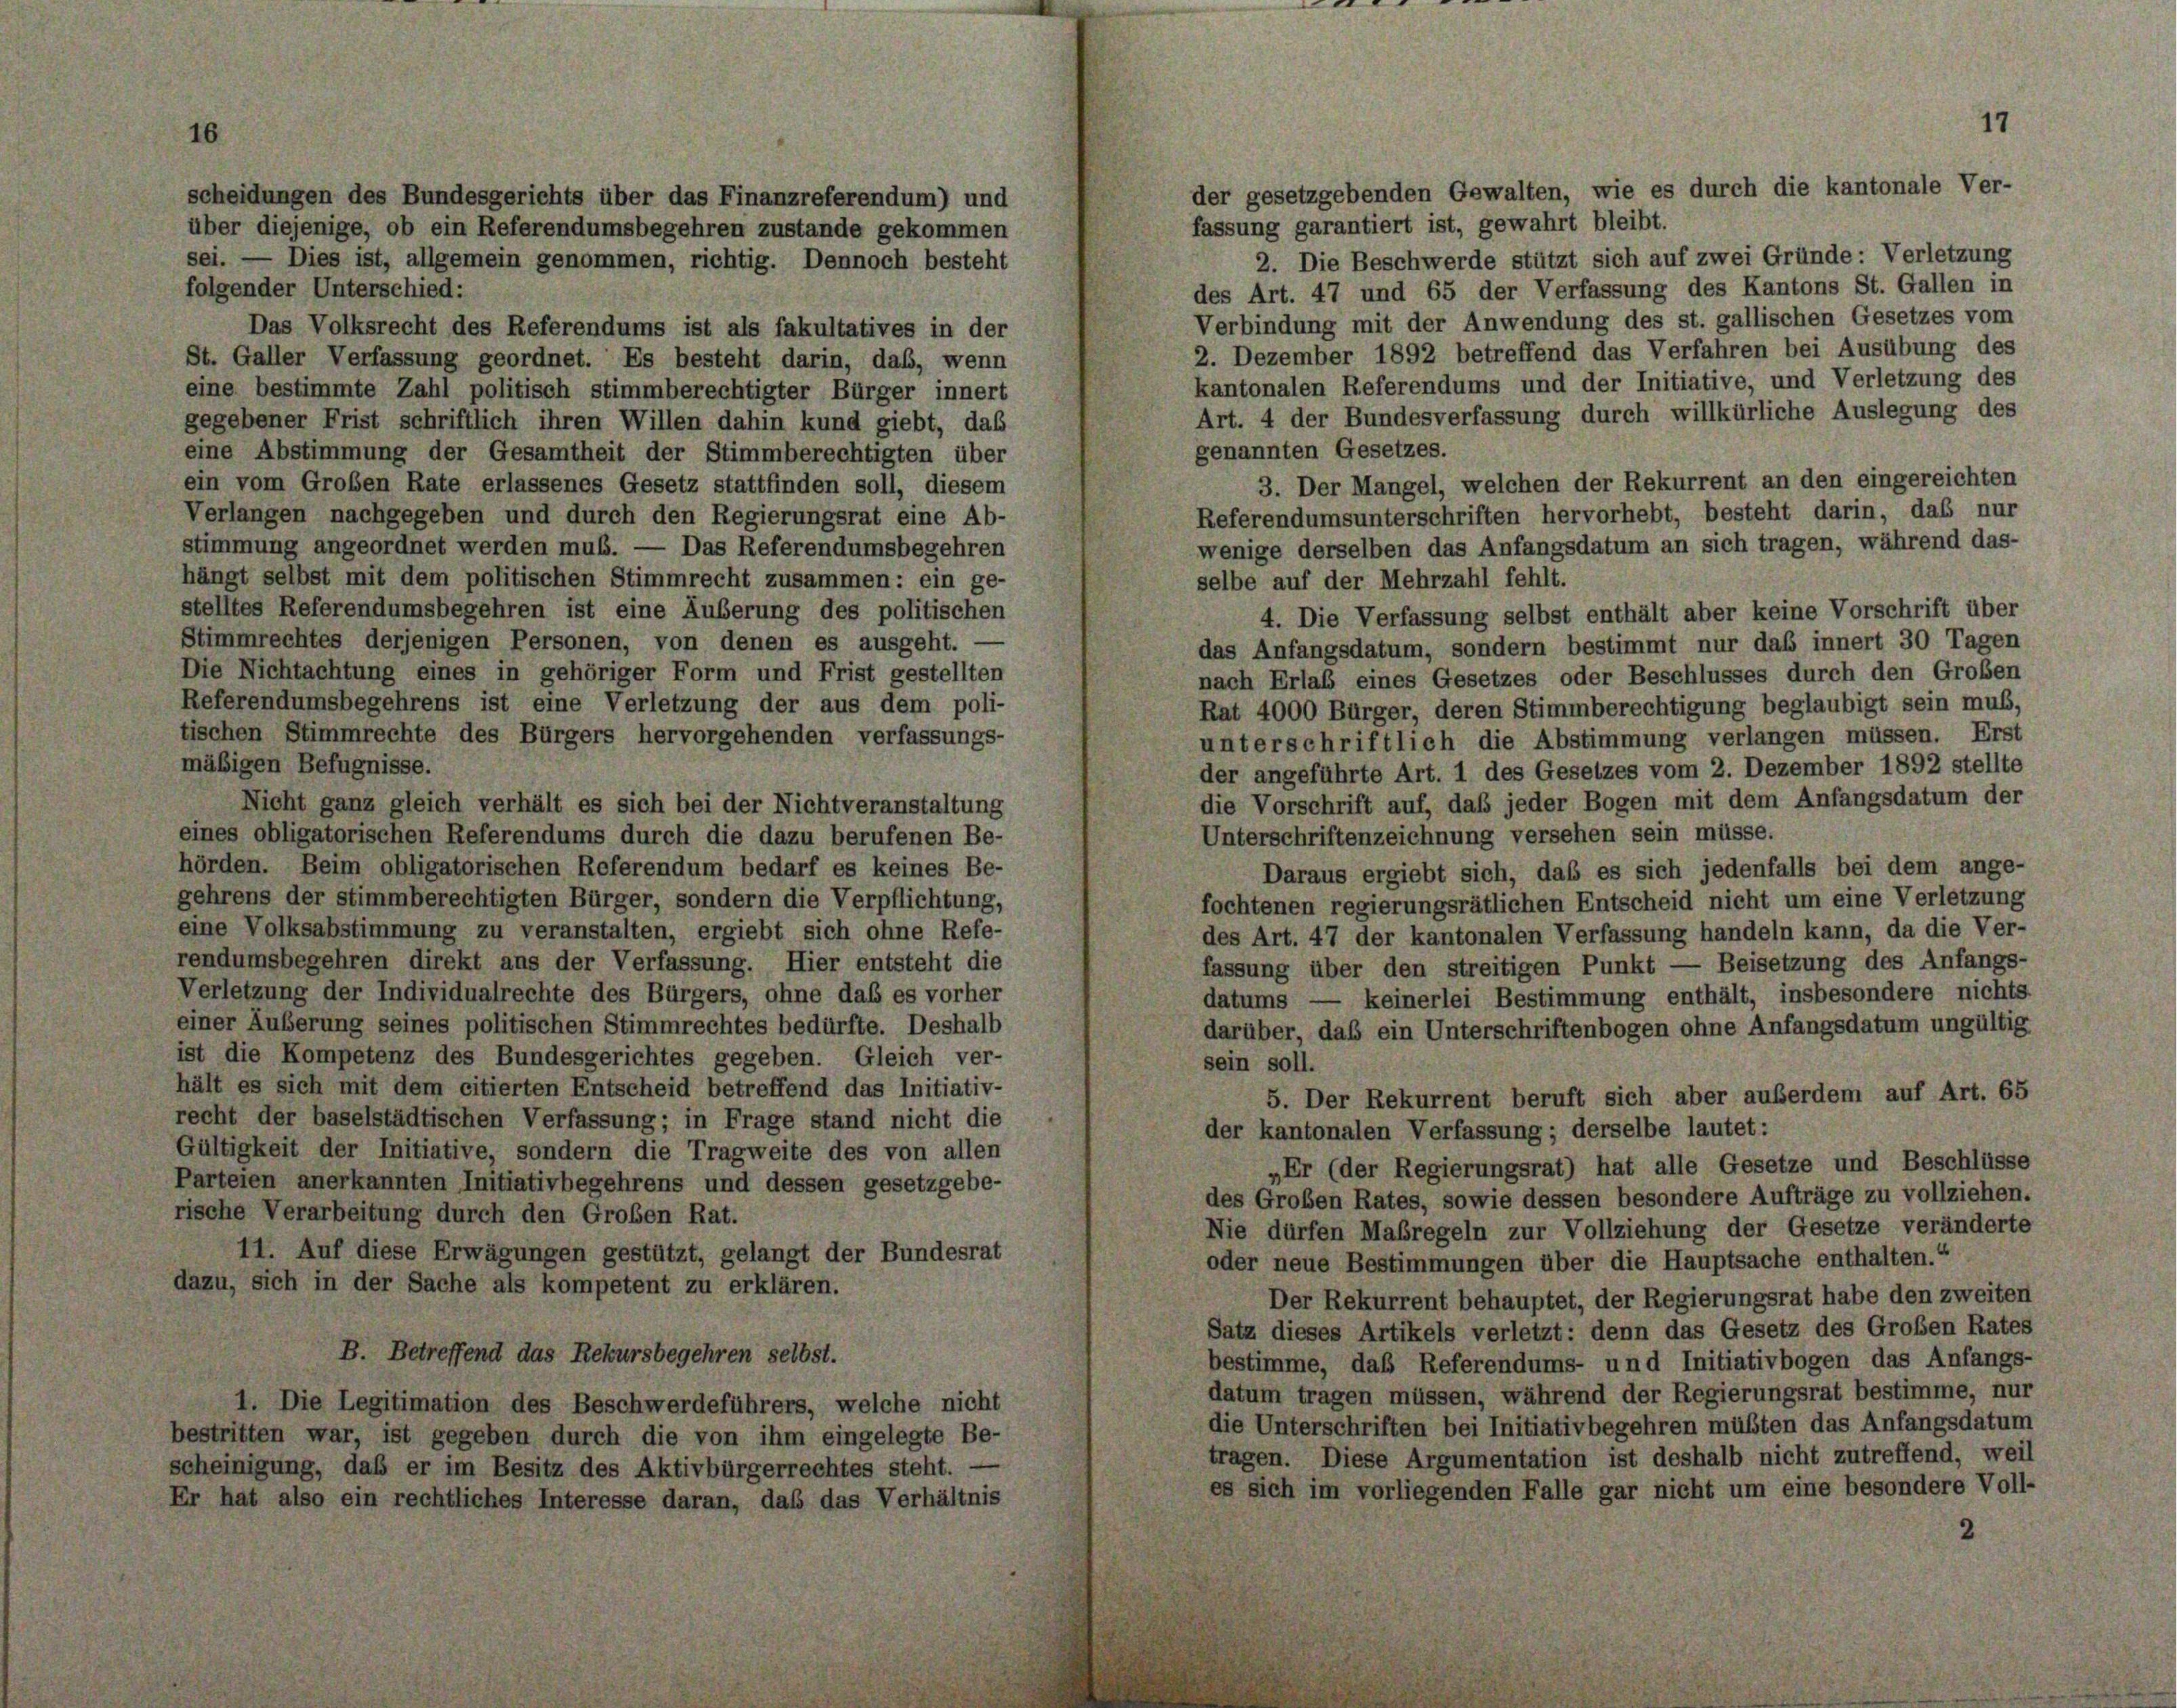
17

der gesetzgebenden Gewalten, wie es durch die kantonale Ver-
scheidungen des Bundesgerichts über das Finanzreferendum) und
fassung garantiert ist, gewahrt bleibt.
über diejenige, ob ein Referendumsbegehren zustande gekommen
2. Die Beschwerde stützt sich auf zwei Gründe: Verletzung
sei. — Dies ist, allgemein genommen, richtig. Dennoch besteht
folgender Unterschied:
des Art. 47 und 65 der Verfassung des Kantons St. Gallen in
Verbindung mit der Anwendung des st. gallischen Gesetzes vom
Das Volksrecht des Referendums ist als fakultatives in der
2. Dezember 1892 betreffend das Verfahren bei Ausübung des
St. Galler Verfassung geordnet. Es besteht darin, daß, wenn
kantonalen Referendums und der Initiative, und Verletzung des
eine bestimmte Zahl politisch stimmberechtigter Bürger innert
Art. 4 der Bundesverfassung durch willkürliche Auslegung des
gegebener Frist schriftlich ihren Willen dahin kund giebt, das
genannten Gesetzes.
eine Abstimmung der Gesamtheit der Stimmberechtigten über
3. Der Mangel, welchen der Rekurrent an den eingereichten
ein vom Großen Rate erlassenes Gesetz stattfinden soll, diesem
Referendumsunterschriften hervorhebt, besteht darin, das nur
Verlangen nachgegeben und durch den Regierungsrat eine Ab-
wenige derselben das Anfangsdatum an sich tragen, während das-
stimmung angeordnet werden muß. — Das Referendumsbegehren
hängt selbst mit dem politischen Stimmrecht zusammen: ein ge-
selbe auf der Mehrzahl fehlt.
stelltes Referendumsbegehren ist eine Äußerung des politischen
4. Die Verfassung selbst enthält aber keine Vorschrift über
Stimmrechtes derjenigen Personen, von denen es ausgeht. -
das Anfangsdatum, sondern bestimmt nur daß innert 30 Tagen
Die Nichtachtung eines in gehöriger Form und Frist gestellten
nach Erlaß eines Gesetzes oder Beschlusses durch den Großen
Referendumsbegehrens ist eine Verletzung der aus dem poli-
Rat 4000 Bürger, deren Stimmberechtigung beglaubigt sein muß,
tischen Stimmrechte des Bürgers hervorgehenden verfassungs-
unterschriftlich die Abstimmung verlangen müssen. Erst
mäßigen Befugnisse.
der angeführte Art. 1 des Gesetzes vom 2. Dezember 1892 stellte
die Vorschrift auf, daß jeder Bogen mit dem Anfangsdatum der
Nicht ganz gleich verhält es sich bei der Nichtveranstaltung
eines obligatorischen Referendums durch die dazu berufenen Be-
Unterschriftenzeichnung versehen sein müsse.
hörden. Beim obligatorischen Referendum bedarf es keines Be-
Daraus ergiebt sich, daß es sich jedenfalls bei dem ange-
gehrens der stimmberechtigten Bürger, sondern die Verpflichtung,
fochtenen regierungsrätlichen Entscheid nicht um eine Verletzung
eine Volksabstimmung zu veranstalten, ergiebt sich ohne Refe-
des Art. 47 der kantonalen Verfassung handeln kann, da die Ver-
rendumsbegehren direkt ans der Verfassung. Hier entsteht die
fassung über den streitigen Punkt — Beisetzung des Anfangs-
Verletzung der Individualrechte des Bürgers, ohne daß es vorher
keinerlei Bestimmung enthält, insbesondere nichts
datums
einer Äußerung seines politischen Stimmrechtes bedürfte. Deshalb
darüber, daß ein Unterschriftenbogen ohne Anfangsdatum ungültig
ist die Kompetenz des Bundesgerichtes gegeben. Gleich ver-
sein soll.
hält es sich mit dem citierten Entscheid betreffend das Initiativ-
5. Der Rekurrent beruft sich aber außerdem auf Art. 65
recht der baselstädtischen Verfassung; in Frage stand nicht die
der kantonalen Verfassung; derselbe lautet:
Gültigkeit der Initiative, sondern die Tragweite des von allen
„Er (der Regierungsrat) hat alle Gesetze und Beschlüsse
Parteien anerkannten Initiativbegehrens und dessen gesetzgebe-
des Großen Rates, sowie dessen besondere Aufträge zu vollziehen.
rische Verarbeitung durch den Großen Rat.
Nie dürfen Maßregeln zur Vollziehung der Gesetze veränderte
11. Auf diese Erwägungen gestützt, gelangt der Bundesrat
oder neue Bestimmungen über die Hauptsache enthalten.“
dazu, sich in der Sache als kompetent zu erklären.
Der Rekurrent behauptet, der Regierungsrat habe den zweiten
Satz dieses Artikels verletzt: denn das Gesetz des Großen Rates
B. Betreffend das Rekursbegehren selbst.
bestimme, das Referendums- und Initiativbogen das Anfangs-
datum tragen müssen, während der Regierungsrat bestimme, nur
1. Die Legitimation des Beschwerdeführers, welche nicht
die Unterschriften bei Initiativbegehren müßten das Anfangsdatum
bestritten war, ist gegeben durch die von ihm eingelegte Be-
tragen. Diese Argumentation ist deshalb nicht zutreffend, weil
scheinigung, daß er im Besitz des Aktivbürgerrechtes steht. —
es sich im vorliegenden Falle gar nicht um eine besondere Voll-
Er hat also ein rechtliches Interesse daran, daß das Verhältnis
2